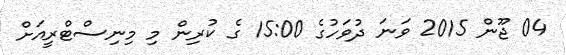
04 ޖޫން 2015 ވަނަ ދުވަހުގެ 15:00 ގެ ކުރިން މި މިނިސްޓްރީއަށް